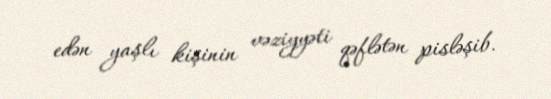
edən yaşlı kişinin vəziyyəti qəflətən pisləşib.